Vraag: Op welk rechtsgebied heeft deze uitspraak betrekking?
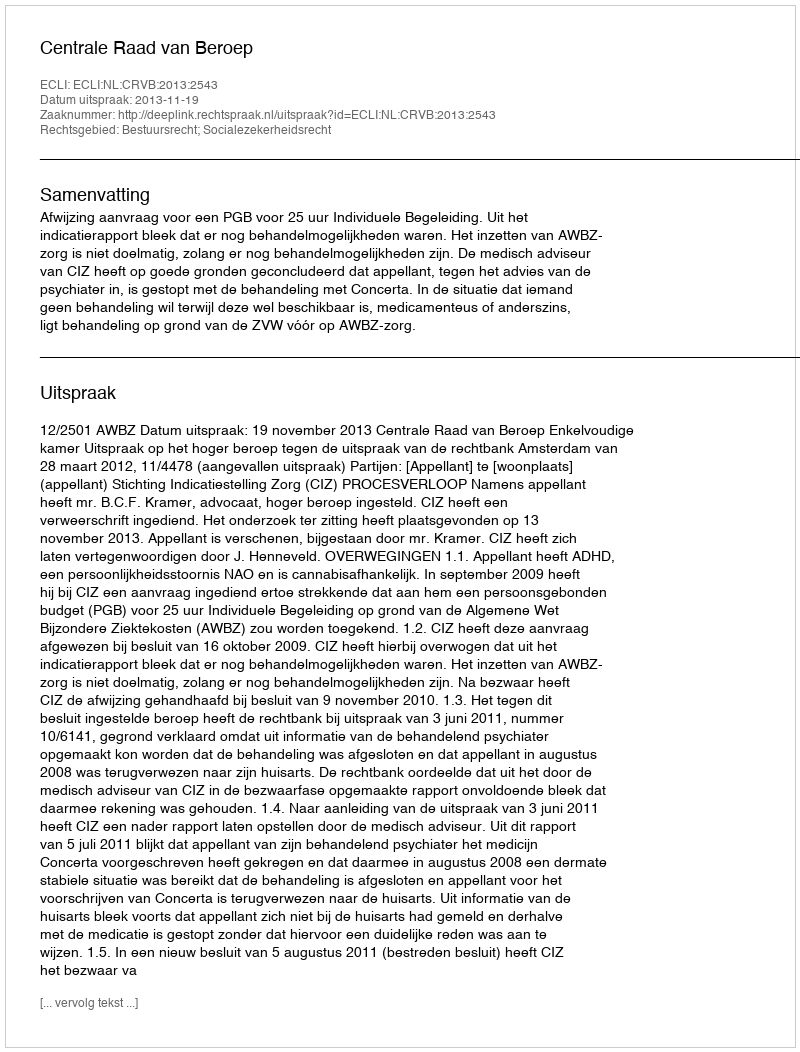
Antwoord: Bestuursrecht; Socialezekerheidsrecht